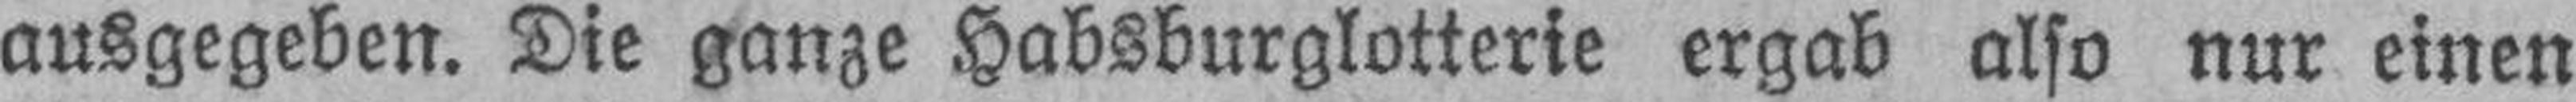
ausgegeben. Die ganze Habsburglotterie ergab also nur einen